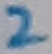
Text: 2